Lunatic asylums Madras 1892-1911 - 1892-1911
Year: 1892
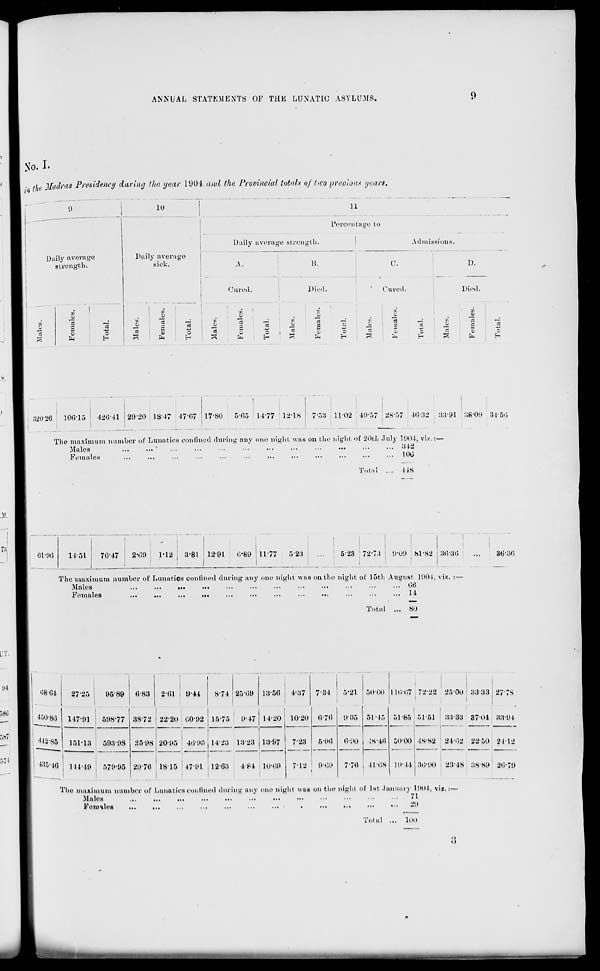
ANNUAL STATEMENTS OF THE LUNATIC ASYLUMS.
0
> T o. I.
••>»
the 3f<t(h' as Presidency daring the year 1904 and the Provincial totals of two preoious years.
Daily average
strength.
_
jji
~
ej
a>
9
8
1
o
Total.
Femal
Total.
0
r"*i
10
Daily average
sick.
11
Percentage to
Daily average strength.
15.
Admissions.
C.
D.
Cured.
o
Died.
c3
o
Cured.
a.
"3
Died.
a
3
MO* 26
100-15
426*41 29*20 18*47 47*67 17*80
13-05 14*77 12*18
7-5:' 11*02 49*57 28*57 46*32 38*91 38*09 34*50
The maximum number of Lunatics confined during any one night was on the night of 20th July 1904, viz.: —
Males
•
342
Females
100
Total ... -US
61*96
11-51
70*47 ; 2*09
1*12
3-81 12-91
6*89 1177
5*23
...
523 72*7.*
9*09 81-82 ; 36*86
The maximum number of Lunatics confined during any one night was on the night of 15th August 1904, viz. :—
Males
...
...
...
...
...
...
...
...
...
...
...
... 06
Females
...
...
...
...
...
...
...
...
...
... 14
Total ... SO
86*36
iS8*64
450*86
442*85
2725
9589 | 083
201
9-41
8-74 2509 l't-50
4-:*7
117-91 | 598-77
151-13 ! 593*98
! l: **W(5 ! 111,49 j 579-95
38-72 22-20 f,0!>2 ! 15-75 , 9*47
25-98 I 20-1*5 40*1*3 , 1423 1:5*23
7*34
5*21 ! 50*00
89*76 18*15 '47*91 ,12*63
4*84 10*00
14-20 10*20
723
712
<>7<>
9'85 51 15 51-85
5000
19*44
13*97
5'9G
9*09
6'90
7*70
48*46
10*09
1
41*68
110*07 72*22 86*00 83*38 27*78
51*51
:(:{*3:' 87*04 38*94
48*82 24*02 88*50 2112
30*90 83*48 38*89 20*7!)
The maximum number of Lunatics confined during any one nigln was on the niglii of 1st .luiiuur) 1904, viz.:—
Males
...
...
...
...
...
...
...
...
...
...
...
...
71
FoniuleB
...
...
...
...
■••
•
•
20
Total ... 100